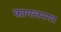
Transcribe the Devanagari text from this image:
कागलनगर